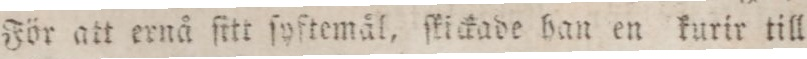
För att ernå ſitt ſyftemål, ſkickade han en kurir till